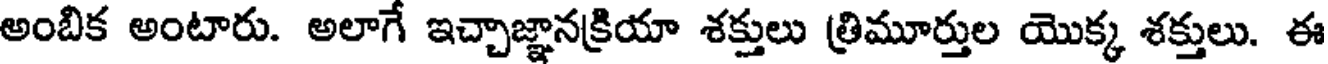
అంబిక అంటారు. అలాగే ఇచ్చాజ్ఞానక్రియా శక్తులు త్రిమూర్తుల యొక్క శక్తులు. ఈ